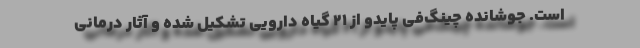
است. جوشانده چینگ‌فی پایدو از 21 گیاه دارویی تشکیل شده و آثار درمانی